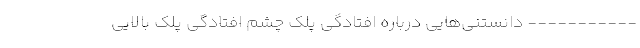
----------- دانستنی‌هایی درباره افتادگی پلک چشم افتادگی پلک بالایی